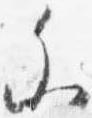
参